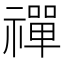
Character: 禪